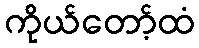
ကိုယ်တော့်ထံ